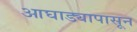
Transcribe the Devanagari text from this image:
आघाड्यापासून